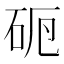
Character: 𥑣